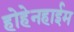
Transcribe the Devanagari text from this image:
होहेनहाईम